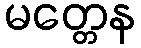
မတ္တေန